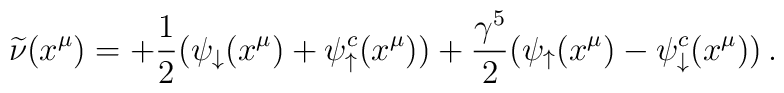
\widetilde \nu (x^\mu) = +{1\over 2} (\psi_\downarrow (x^\mu) +\psi_\uparrow^c (x^\mu))+{\gamma^5 \over 2} (\psi_\uparrow (x^\mu) -\psi_\downarrow^c (x^\mu))\, .